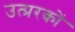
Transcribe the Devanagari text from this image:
उत्प्ररकों